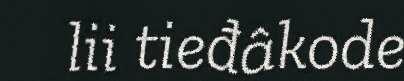
lii tieđâkode